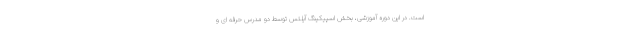
است. در این دوره آموزشی، بخش اسپیکینگ آیلتس توسط دو مدرس حرفه ای و